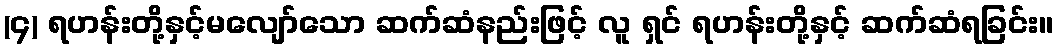
(၄) ရဟန်းတို့နှင့်မလျော်သော ဆက်ဆံနည်းဖြင့် လူ ရှင် ရဟန်းတို့နှင့် ဆက်ဆံရခြင်း။